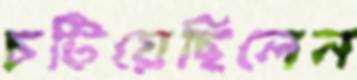
চটিয়েছিলেন